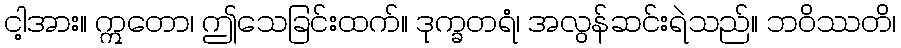
ငါ့အား။ ဣတော၊ ဤသေခြင်းထက်။ ဒုက္ခတရံ၊ အလွန်ဆင်းရဲသည်။ ဘဝိဿတိ၊